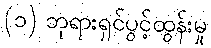
(၁) ဘုရားရှင်ပွင့်ထွန်းမှု